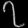
Digit: ၇